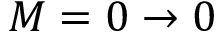
M = 0 \rightarrow 0